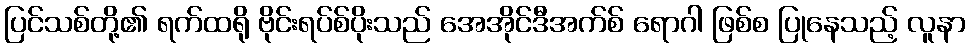
ပြင်သစ်တို့၏ ရက်ထရို ဗိုင်းရပ်စ်ပိုးသည် အေအိုင်ဒီအက်စ် ရောဂါ ဖြစ်စ ပြုနေသည့် လူနာ